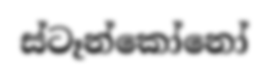
ස්ටෑන්කෝනෝ